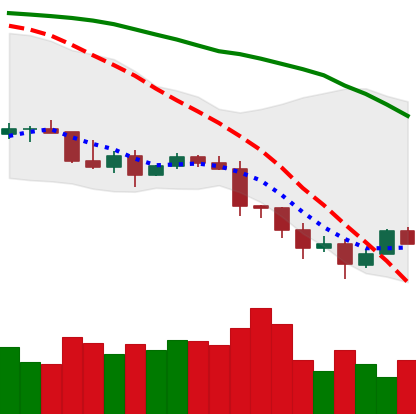
Ticker: TRX-USD
Chart end date: 2022-01-13
Forward return: 3.338%
Label: up_3_5